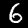
Label: 6